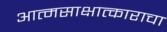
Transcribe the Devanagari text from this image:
आत्मसाक्षात्काराचा